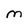
Character: M